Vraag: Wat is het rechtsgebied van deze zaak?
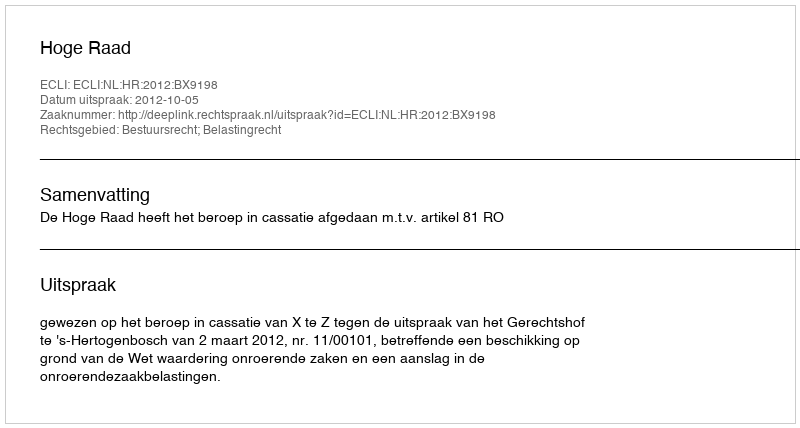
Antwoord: Bestuursrecht; Belastingrecht